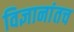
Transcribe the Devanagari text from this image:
विज्ञानांतच